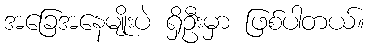
အခြေအနေမျိုးပဲ ရှိဦးမှာ ဖြစ်ပါတယ်။